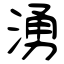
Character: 湧